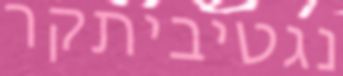
נגטיביתקר